Materia medica of Madras volume I
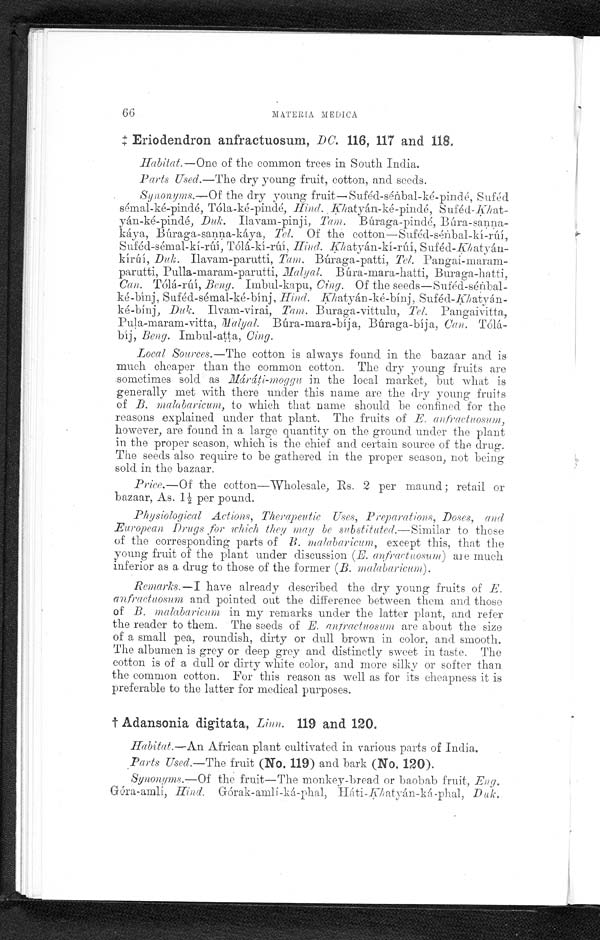
66
MATERIA MEDICA
Eriodendron anfractuosum, DC. 116, 117 and 118.
Habitat.—One of the common trees in South India.
Parts Used.—The dry young fruit, cotton, and seeds.
Synonyms.-Of the dry young fruit—Suféd-séńbal-ké-pindé, Suféd
sémal-ké-pindé, Tóla-ké-pindé, Hind. Khatyán-ké-pindé,
Suféd-khat-yán-ké-pindé, Duk. Ilavam-pinji, Tam. Búraga-pindé,
B ú r a - s a n n a - k á y a , B ú r a g a - s a n n a - k á y a ,T
e l .
O f t h e c o t t o n — S u f é d - s é
ń b a l - k í - r ú í ,
Suféd-sénbal-kí-rúí, Tóla-kí-rúí, Hinds.
K h a t y á n - k í - r ú í ,
S u f é d - K h a t y á n - k í r ú í ,
D u k .
I l a v a m - p a r u t t i ,
T a m .
B ú r a g a - p a t t i ,
T e l .
Pangai- maram-
parutti, Pulla-maram-parutti, Malyal Búra-mara-hatti, Buraga-hatti,
Can. Tólá.-rúí, Beng. Imbul-kapu, Cing. Of the
s e e d s — S u f é d - s é
ń b a l - k é - b í n j , S u f é d - s é m a l - k é - b í n j ,H
i n d . K h a t y á n - k é - b i n j ,
S u f é d - K h a t y á n - k é - b í n j ,
D u k .
I l v a m - v i r a i ,
T a m .
B u r a g a - v i t t u l u ,
T e l .
P a n g a i v i t t a ,
Pula-maram-vitta,
Búra-mara-bíja, Búraga-bíja, Can. Tólá-
bíj, Beng. Imbul-aţţa,
Local Sources.—The cotton is always found. in the bazaar and is
much cheaper than the common cotton. The dry young fruits are
sometimes sold as Máráti-moggu in the local market, but what is
generally met with there under this name are the dry young fruits
of B. malabaricum, to which that name should be confined for the
reasons explained under that plant. The fruits of E. anfractuosum,
however, are found in a large quantity on the ground under the plant
in the proper season, which is the chief and certain source of the drug.
The seeds also require to be gathered in the proper season, not being
sold in the bazaar.
Price.—Of the cotton—Wholesale, Rs. 2 per maund; retail or
bazaar, As. 1½ per pound.
Physiological Actions, Therapeutic Uses, Preparations, Doses, and
European Drugs for which they may be substituted.—Similar to those
of the corresponding parts of B. malabaricum, except this, that the
young fruit of the plant under discussion (E. anfractuosum) are much
inferior as a drug to those of the former (B. malabaricum).
Remarks.—I have already described the dry young fruits of E.
anfractuosun and pointed out the difference between them and those
of B. malabaricum in my remarks under the latter plant, and refer
the reader to them. The seeds of E. anfractuosum are about the size
of a small pea, roundish, dirty or dull brown in color, and smooth.
The albumen is grey or deep grey and distinctly sweet in taste. The
cotton is of a dull or dirty white color, and more silky or softer than
the common cotton. For this reason as well as for its cheapness it is
preferable to the latter for medical purposes.
† Adansonia digitata, Linn. 119 and 120.
Habitat.—An African plant cultivated in various parts of India.
Parts Used.—The fruit (No. 119) and bark (No. 120).
Synonyms.—Of the fruit—The monkey-bread or baobab fruit, Eng .
Gúra-amlí, Hind. Górak-amlí-ká-phal,
Duk.